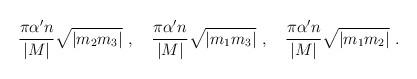
LaTeX: \begin{align*}\frac{\pi \alpha' n}{|M|} \sqrt{|m_2 m_3|}\ ,\quad\frac{\pi \alpha' n}{|M|} \sqrt{|m_1 m_3|}\ ,\quad\frac{\pi \alpha' n}{|M|} \sqrt{|m_1 m_2|}\ .\end{align*}